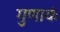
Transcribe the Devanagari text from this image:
गुणाकं